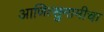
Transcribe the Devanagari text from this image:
आणित्सुनामीचा